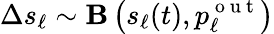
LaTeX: \Delta s_{\ell}\sim{\mathbf B}\left(s_{\ell}(t),p_{\ell}^{\mathrm{~o~u~t~}}\right)